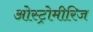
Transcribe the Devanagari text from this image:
ओस्ट्रोमीरिज